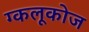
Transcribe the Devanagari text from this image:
ग्कलूकोज